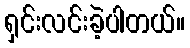
ရှင်းလင်းခဲ့ပါတယ်။